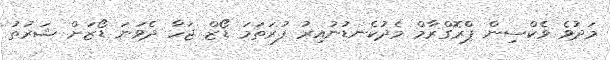
މަދުވެ ވެކްސިން ޕްރޮގްރާމް މެދުކެނޑުނުއިރު ފުރަތަމަ ޑޯޒް ޖަހާ ދެވަނަ ޑޯޒަށް ޝަރުތު